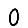
Digit: 0